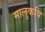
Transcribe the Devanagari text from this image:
मालुकवि